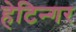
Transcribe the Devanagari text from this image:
हेटिन्गर